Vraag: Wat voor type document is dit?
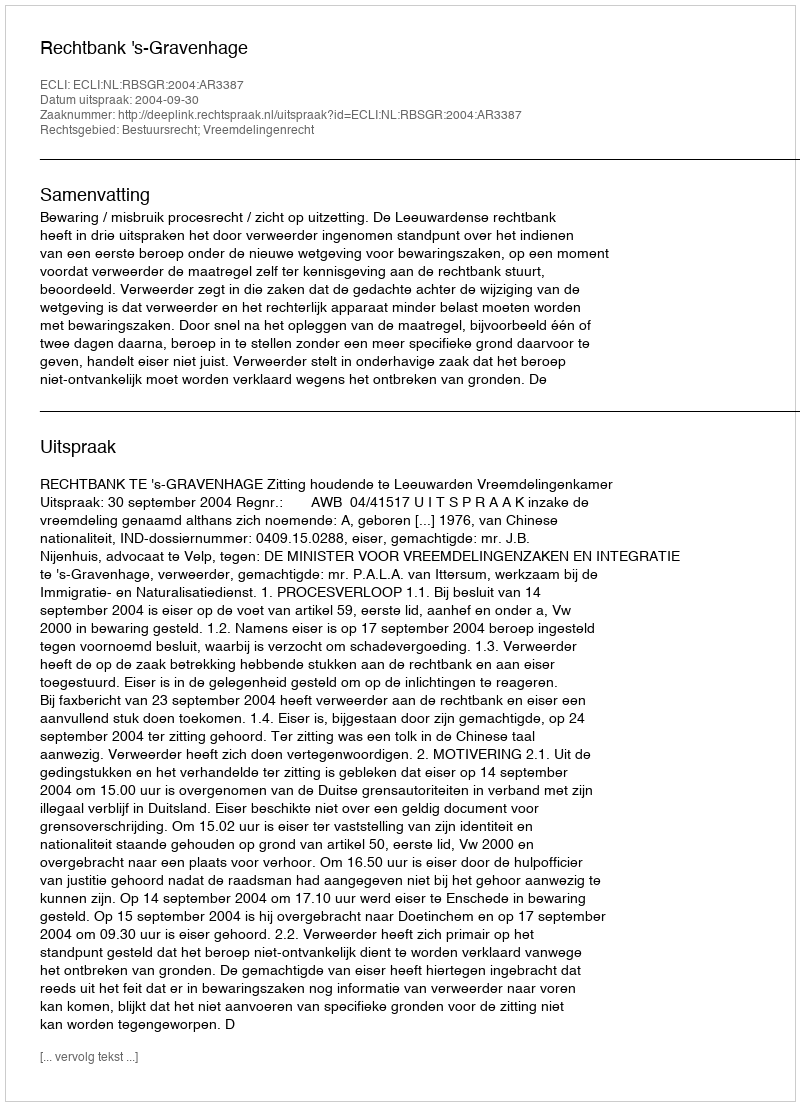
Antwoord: Uitspraak